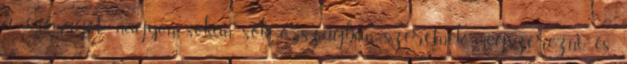
a „csomagot” nagyon sokan, sok országban szeretnék megszerezni, és